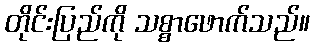
တိုင်းပြည်ကို သစ္စာဖောက်သည်။